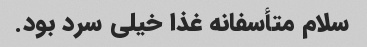
سلام متأسفانه غذا خیلى سرد بود.